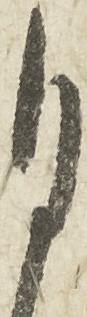
月